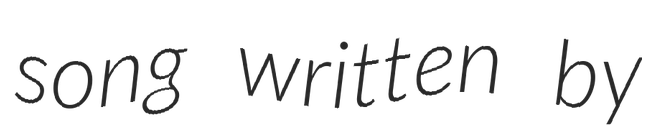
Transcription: song written by